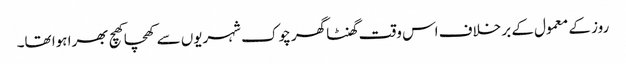
روز کے معمول کے بر خلاف اس وقت گھنٹا گھر چوک شہریوں سے کھچا کھچ بھرا ہوا تھا۔